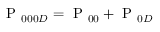
\mathrm { ~ P ~ } _ { 0 0 0 D } = \mathrm { ~ P ~ } _ { 0 0 } + \mathrm { ~ P ~ } _ { 0 D }